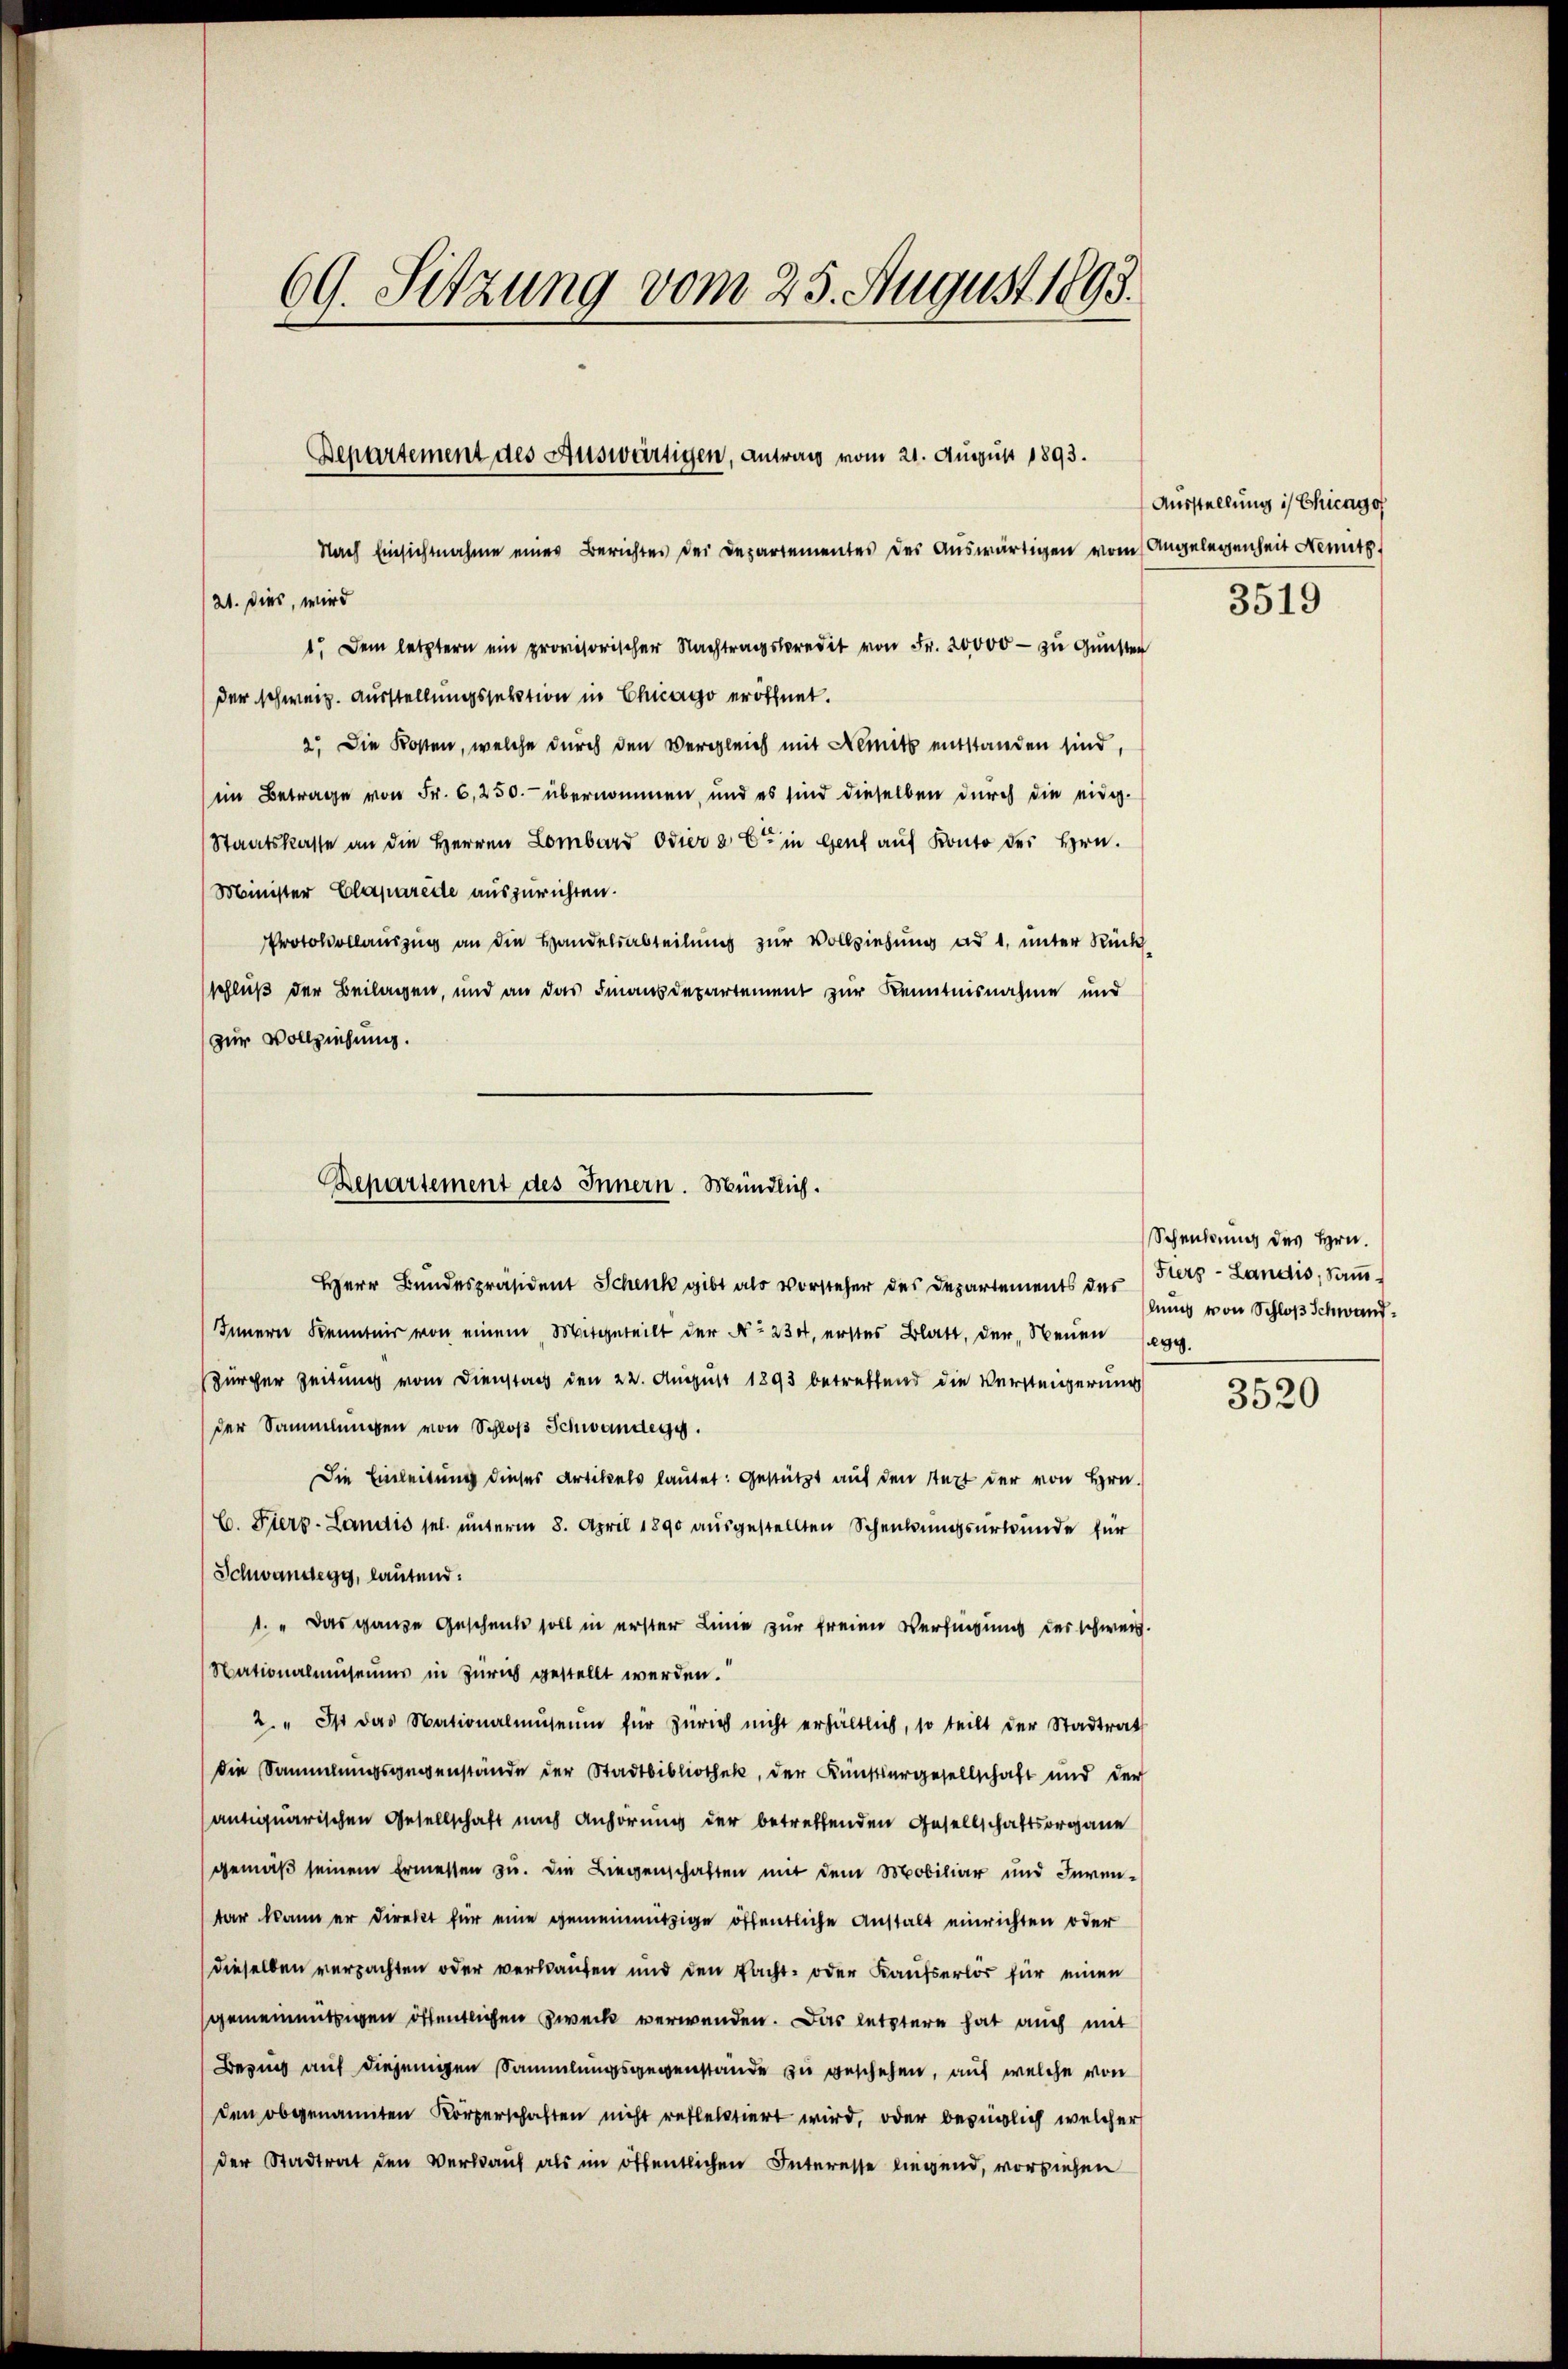
69. Sitzung vom 25. August 1893.

Bepartement des Auswärtigen, antrag vom 21. August 1893.
Nach Einsichtnahme eines Berichtes der Departementes des Auswärtigen vom Angelegenheit Nemit

1. Dem letztern ein provisorischer Nachtragskredit von Fr. 20000 - zu Gunster
der schweiz. Ausstellungssektion in Chicago eröffnet.
2. Die Kosten, welche durch den Vergleich mit Nemit entstanden sind,
ii Betrage von Fr. 6,250. übernommen, und es sind dieselben durch die einig-
Staatskasse an die Herren Lombard Odier a. Er in Genf auf Konto der Hrn.
Minister Claparede auszurichten.
Protokollauszug an die Handelsabteilung zur Vollziehung ad 1, unter Rück
schluß der Beilagen, und an das Finanzdepartement zur Kenntnisnahme und
zur Vollziehung.

/21. Dies, wird

Departement des Innern. Mündlich.

Ausstellung in Chicago

Herr Bundespräsident Schenk gibt als Vorsteher des Departements des Hers-Landis, Samm¬
Innern Kenntnis von einem Mitgeteilt der No 234, erstes Blatt, der Neuen Segg
Zürcher Zeitung vom Dienstag den 22. August 1893 betreffend die Versteigerung
der Sammlungen von Schloß Schwandegg.
Die Einleitung dieses Artikels lautet: Gestützt auf den Statt der von Hrn.
C. Fierz- Landis sel. unterm 8. April 1890 ausgestellten Schenkungsurkunde für
Schwandegg, lautend.
1. " Das ganze Geschenke soll in erster Linie zur freien Versingung des schweiz.
Nationalmuseums in Zürich gestellt werden.
2. " Ist das Nationalmuseum für Zürich nicht erhältlich, so teilt der Stadtrat
die Sammlungsgegenstände der Stadtbibliothek, der Künstlergesellschaft und der
antiquarischen Gesellschaft nach Anhörung der betreffenden Gesellschaftsorgane
gemäß seinem Ermessen zu. Die Liegenschaften mit dem Mobiliar und Inventar kann er direkt für eine gemeinnützige öffentliche Anstalt einrichten oder
dieselben verpachten oder verkaufen und den Pacht- oder Kaufserlos für einen
gemeinmüthigen öffentlichen Zweck verwenden. Das letztere hat auch mit
Bezug auf diejenigen Sammlungsgegenstände zu geschehen, auf welche von
den obgenannten Körperschaften nicht reflektiert wird, oder bezüglich welcher
der Stadtrat den Verkauf als im öffentlichen Interesse liegend, vorziehen

3519

Schenkung des Hrn.
lung von Schloß Schwand¬

3520